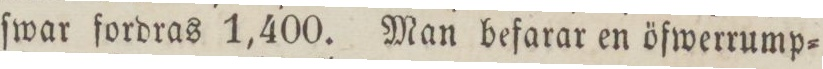
ſwar fordras 1,400. Man befarar en öfwerrump=